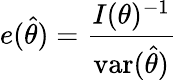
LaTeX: e({\hat{\theta}})={\frac{I(\theta)^{-1}}{\operatorname{var}({\hat{\theta}})}}